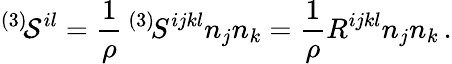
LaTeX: ^{(3)}\! {\cal S}^{il}=\frac 1\rho\, ^{(3)}\! S^{ijkl}n_{j}n_{k}=\frac 1\rho R^{ijkl}n_{j}n_{k}\, .